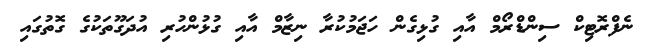
ނެފްރޮޓިކް ސިންޑްރޯމް އާއި ގުޅިގެން ހަޖަމުކުރާ ނިޒާމް އާއި ގުޅުންހުރި އުދަގޫތަކުގެ ގޮތުގައި